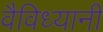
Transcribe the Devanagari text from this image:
वैविध्यानी